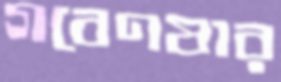
গবেণষার